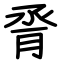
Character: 脀